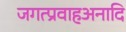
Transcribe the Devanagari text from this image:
जगत्प्रवाहअनादि